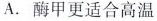
A.酶甲更适合高温